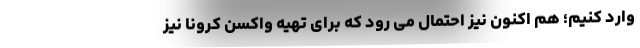
وارد کنیم؛ هم اکنون نیز احتمال می رود که برای تهیه واکسن کرونا نیز